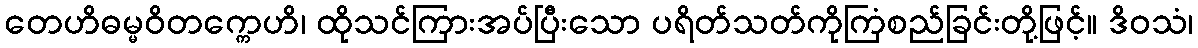
တေဟိဓမ္မဝိတက္ကေဟိ၊ ထိုသင်ကြားအပ်ပြီးသော ပရိတ်သတ်ကိုကြံစည်ခြင်းတို့ဖြင့်။ ဒိဝသံ၊